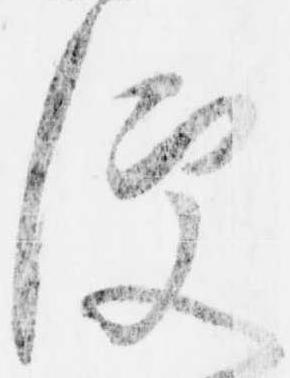
便